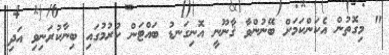
" މިގޮތުން އެކަންކަމަށް ބޭނުންވާ ޤާނޫނީ އޮނިގަނޑު ބައްޓަން ކުރުމުގައި ބިނާކުރަނިވި އަދި